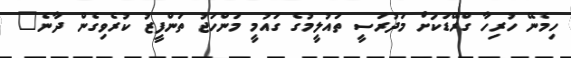
ހިމެނޭ ހުރިހާ ގްރޭޑަކަށް މަދުރަސީ ތައުލީމުގެ ގައުމީ މަންހަޖު ތަންފީޒު ކުރެވިގެން ދާނެ"